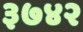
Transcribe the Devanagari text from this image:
३७४२